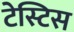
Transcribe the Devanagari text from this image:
टेस्टिस